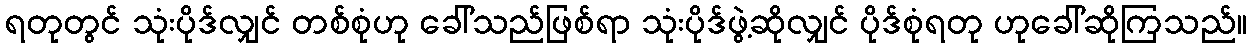
ရတုတွင် သုံးပိုဒ်လျှင် တစ်စုံဟု ခေါ်သည်ဖြစ်ရာ သုံးပိုဒ်ဖွဲ့ဆိုလျှင် ပိုဒ်စုံရတု ဟုခေါ်ဆိုကြသည်။